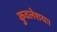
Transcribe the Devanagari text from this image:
कुवलेशयः।